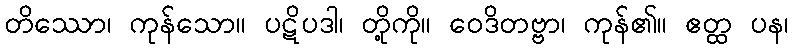
တိဿော၊ ကုန်သော။ ပဋိပဒါ၊ တို့ကို။ ဝေဒိတဗ္ဗာ၊ ကုန်၏။ ဧတ္ထ ပန၊